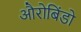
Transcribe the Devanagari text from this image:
औरोबिंडो